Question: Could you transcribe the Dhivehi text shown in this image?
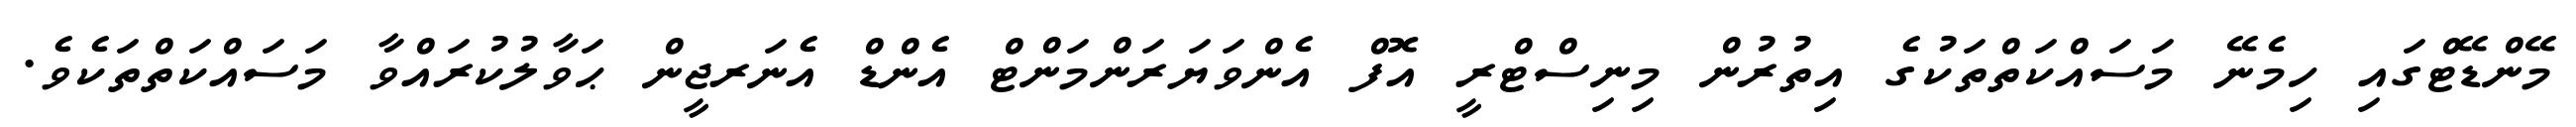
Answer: މޭންޑޭޓްގައި ހިމެނޭ މަސައްކަތްތަކުގެ އިތުރުން މިނިސްޓްރީ އޮފް އެންވަޔަރަންމަންޓް އެންޑް އެނަރޖީން ޙަވާލުކުރައްވާ މަސައްކަތްތަކެވެ.